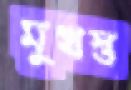
মুখস্ত